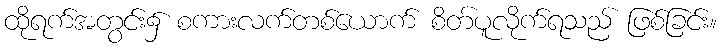
ထိုရက်အတွင်း၌ စကားလက်တစ်ယောက် စိတ်ပူလိုက်ရသည် ဖြစ်ခြင်း။